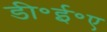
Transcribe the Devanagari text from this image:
डी॰ई॰ए